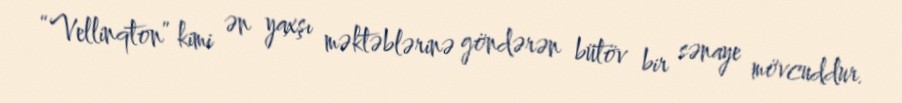
“Vellinqton” kimi ən yaxşı məktəblərinə göndərən bütöv bir sənaye mövcuddur.